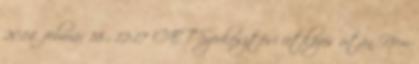
2014. február 18., 12:17 CET Szerkesztési ütközés után Nem